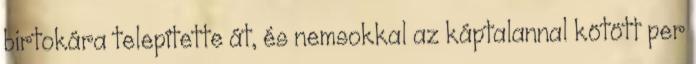
birtokára telepítette át, és nemsokkal az káptalannal kötött per